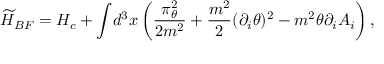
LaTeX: { \widetilde H _ { B F } } = H _ { c } + { \displaystyle \int } d ^ { 3 } x \left( \frac { \displaystyle \pi _ { \theta } ^ { 2 } } { \displaystyle 2 m ^ { 2 } } + \frac { m ^ { 2 } } { 2 } ( \partial _ { i } \theta ) ^ { 2 } - m ^ { 2 } \theta \partial _ { i } A _ { i } \right) ,